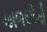
અળસીનો